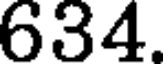
634.